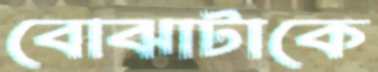
বোঝাটাকে